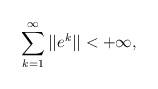
LaTeX: \begin{align*}\displaystyle \sum_{k=1}^{\infty} ||e^k||<+\infty,\end{align*}